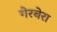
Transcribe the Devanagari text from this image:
गेरबेरा